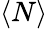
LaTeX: \left\langle N\right\rangle